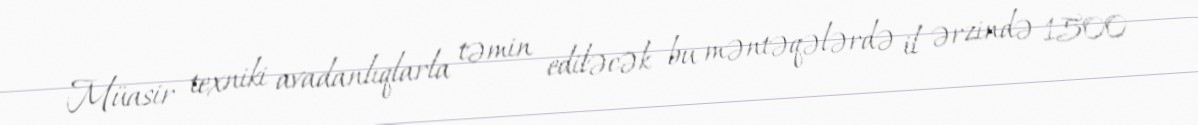
Müasir texniki avadanlıqlarla təmin ediləcək bu məntəqələrdə il ərzində 1500